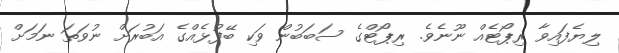
ލިޔެފައިވާ ރިޕޯޓެއް ނޫނެވެ. ރިޕޯޓްގެ ސަބަބުން ވަކި ބޭފުޅެއްގެ އަބުރަށް ނުވަތަ ނަމަށް